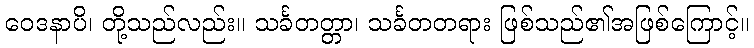
ဝေဒနာပိ၊ တို့သည်လည်း။ သင်္ခတတ္တာ၊ သင်္ခတတရား ဖြစ်သည်၏အဖြစ်ကြောင့်။